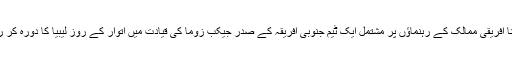
درایں اثنا افریقی ممالک کے رہنماؤں پر مشتمل ایک ٹیم جنوبی افریقہ کے صدر جیکب زوما کی قیادت میں اتوار کے روز لیبیا کا دورہ کر رہی ہے۔